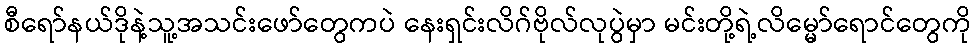
စီရော်နယ်ဒိုနဲ့သူ့အသင်းဖော်တွေကပဲ နေးရှင်းလိဂ်ဗိုလ်လုပွဲမှာ မင်းတို့ရဲ့လိမ္မော်ရောင်တွေကို